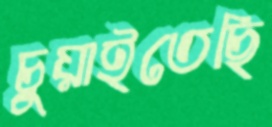
চুয়াইতেছি